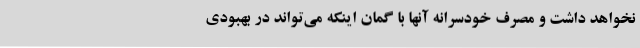
نخواهد داشت و مصرف خودسرانه آنها با گمان اینکه می‌تواند در بهبودی